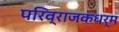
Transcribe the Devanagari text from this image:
परिव्राजकधर्म